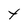
Character: t